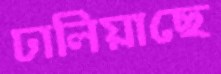
ঢালিয়াছে